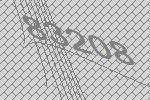
83208